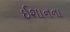
ઈશાનના